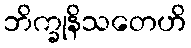
ဘိက္ခုနိသတေဟိ